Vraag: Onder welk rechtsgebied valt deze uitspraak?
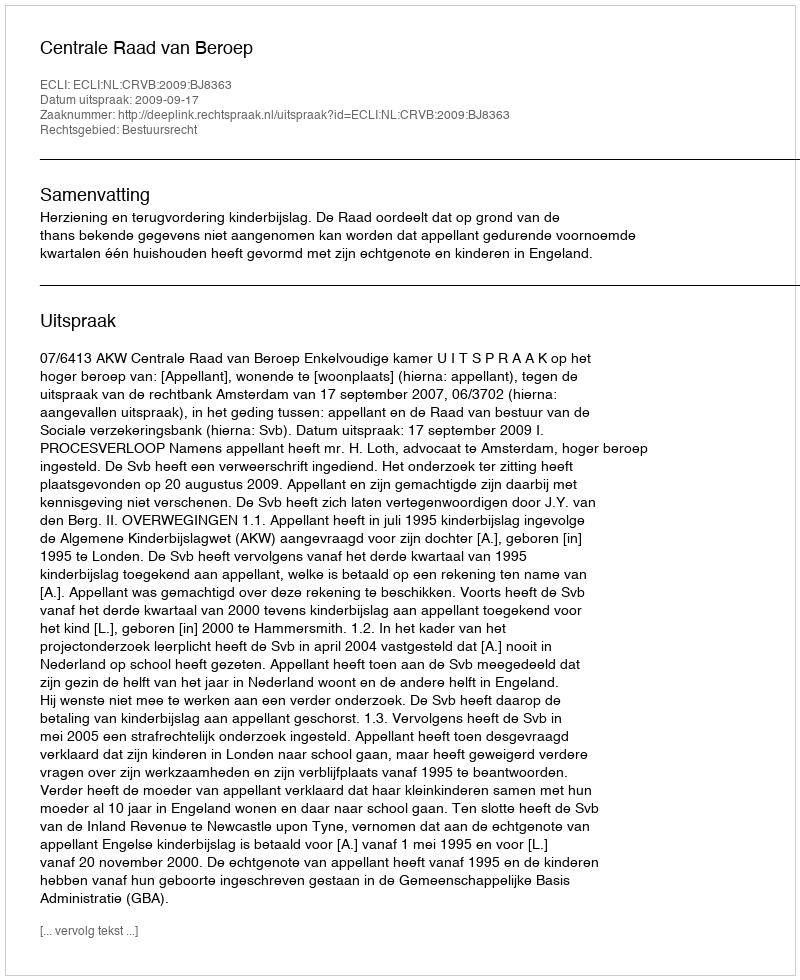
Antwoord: Bestuursrecht